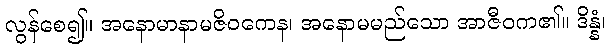
လွန်စေ၍။ အနောမာနာမဇိဝကေန၊ အနောမမည်သော အာဇီဝက၏။ ဒိန္နံ၊